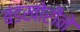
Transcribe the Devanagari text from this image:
बंडखोरीने